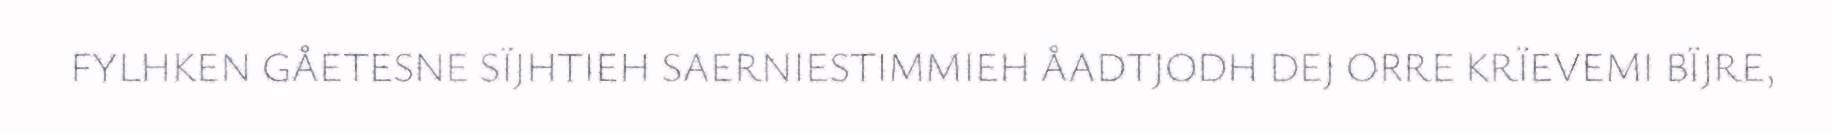
FYLHKEN GÅETESNE SÏJHTIEH SAERNIESTIMMIEH ÅADTJODH DEJ ORRE KRÏEVEMI BÏJRE,